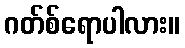
ဂတ်စ်ရောပါလား။